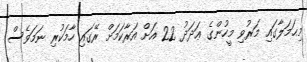
މިޙަމަލާގައި މަރުވި މީހުންގެ ޢަދަދު 22 އަށް އަރާކަމަށް ރޭގައި ހާމަކުރި ނަމަވެސް